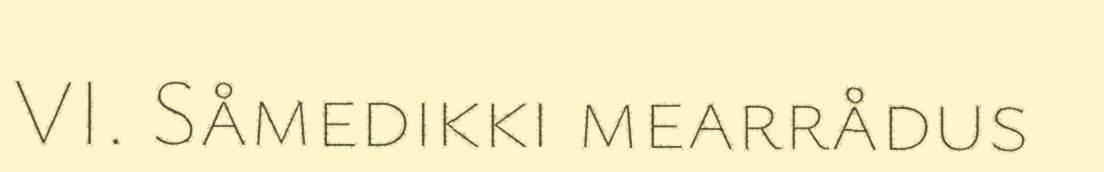
VI. Såmedikki mearrådus